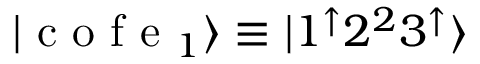
| \mathrm { ~ c ~ o ~ f ~ e ~ } _ { 1 } \rangle \equiv | 1 ^ { \mathord { \uparrow } } 2 ^ { 2 } 3 ^ { \mathord { \uparrow } } \rangle